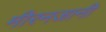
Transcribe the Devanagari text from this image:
मीरनजानी